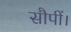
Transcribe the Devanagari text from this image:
सौपीं।